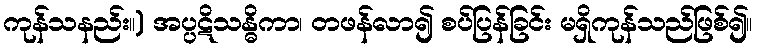
ကုန်သနည်း။) အပ္ပဋိသန္ဓိကာ၊ တဖန်လာ၍ စပ်ပြန်ခြင်း မရှိကုန်သည်ဖြစ်၍။